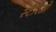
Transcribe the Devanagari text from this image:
स्टेरिओ